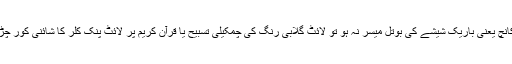
اگر زمزم اور یہ ہلکی گلابی کانچ یعنی باریک شیشے کی بوتل میسر نہ ہو تو لائٹ گلابی رنگ کی چمکیلی تسبیح یا قرآن کریم پر لائٹ پنک کلر کا شائنی کور چڑھا کر اسکو ایسٹ میں رکھیں۔